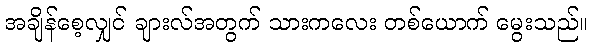
အချိန်စေ့လျှင် ချားလ်အတွက် သားကလေး တစ်ယောက် မွေးသည်။